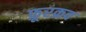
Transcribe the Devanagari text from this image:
फ़ूरक्रव